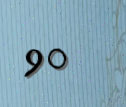
90